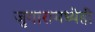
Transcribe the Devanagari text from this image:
जुगारामध्येही